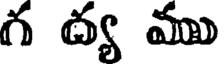
గ ద్య ము